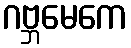
ဂဗ္ဘမေကေ